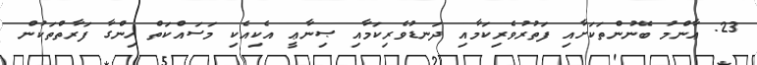
23. ޢާންމު ބޭނުންތަކަށާއި ފަތުރުވެރިކަމާއި ދަނޑުވެރިކަމާއި ޞިނާޢީ އެކިއެކި މަސައްކަތް ހިންގާ ފަރާތްތަކުން